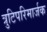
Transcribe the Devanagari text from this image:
त्रुटिपरिमार्जक